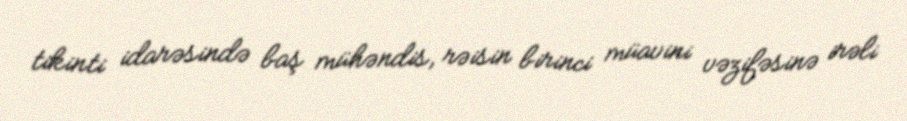
tikinti idarəsində baş mühəndis, rəisin birinci müavini vəzifəsinə irəli